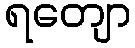
ရတျော